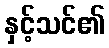
နှင့်သင်၏